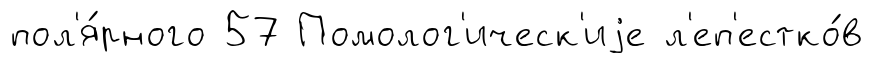
пол'я́рного 57 Помолог'ическ'иjе л'еп'естко́в